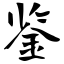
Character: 鉴